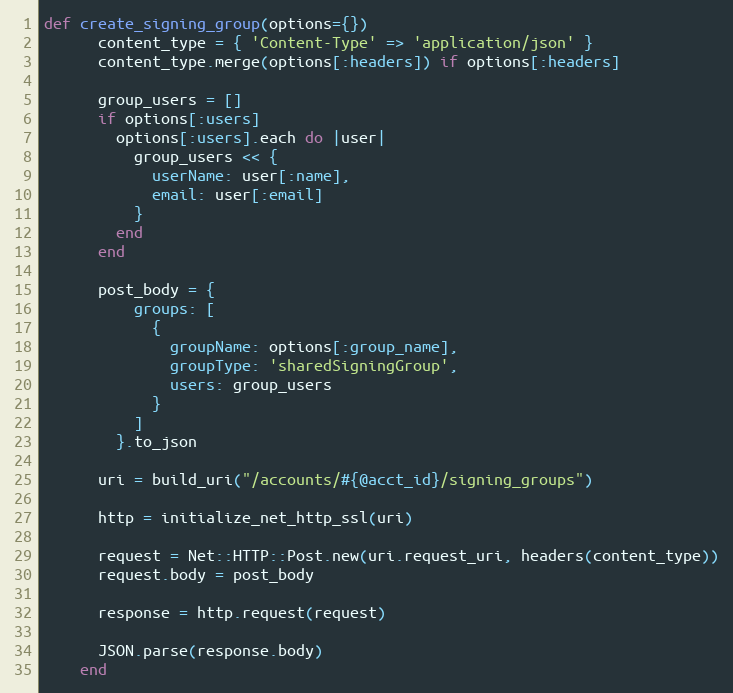
Language: Ruby
def create_signing_group(options={})
      content_type = { 'Content-Type' => 'application/json' }
      content_type.merge(options[:headers]) if options[:headers]

      group_users = []
      if options[:users]
        options[:users].each do |user|
          group_users << {
            userName: user[:name],
            email: user[:email]
          }
        end
      end

      post_body = {
          groups: [
            {
              groupName: options[:group_name],
              groupType: 'sharedSigningGroup',
              users: group_users
            }
          ]
        }.to_json

      uri = build_uri("/accounts/#{@acct_id}/signing_groups")

      http = initialize_net_http_ssl(uri)

      request = Net::HTTP::Post.new(uri.request_uri, headers(content_type))
      request.body = post_body

      response = http.request(request)

      JSON.parse(response.body)
    end